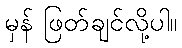
မှန် ဖြတ်ချင်လို့ပါ။